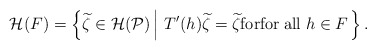
\begin{align*}\mathcal{H(}F)=\left\{ \widetilde{\zeta }\in \mathcal{H}(\mathcal P)\left | ~T^{\prime }(h)\widetilde{\zeta }=\widetilde{\zeta}{\rm for} {\rm for} \; {\rm all}\;h \in F\right.\right\}. \end{align*}